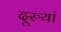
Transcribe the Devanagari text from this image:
दूरुयां